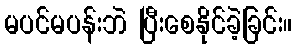
မပင်မပန်းဘဲ ပြီးစေနိုင်ခဲ့ခြင်း။